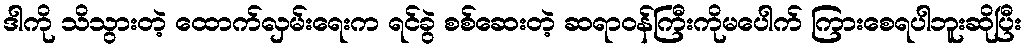
ဒါကို သိသွားတဲ့ ထောက်လှမ်းရေးက ရင်ခွဲ စစ်ဆေးတဲ့ ဆရာဝန်ကြီးကိုမပေါက် ကြားစေရပါဘူးဆိုပြီး